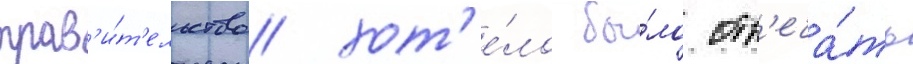
прав'и́т'ельство хот'е́ло бы́ло отв'еча́ть